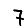
Digit: 7